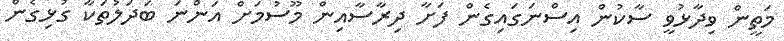
މަތީން ވިދާޅުވީ ސާކުން އިސްނަގައިގެން ފަށާ ދިރާސާއިން މޫސުމަށް އަންނަ ބަދަލުތަކާ ގުޅިގެން